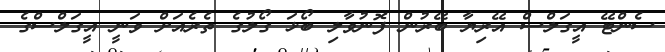
ސެންޓޭ އީގަލްސް އޭރިޔާ ބޭރުން ފޮނުވާލި ބޯޅަ ގޯލުގެ ތެެރެއަށް ވަނީ އީގަލްސްގެ